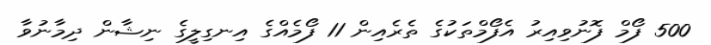
500 ފޯމް ފޮނުވިއިރު އެފޯމްތަކުގެ ތެރެއިން 11 ފޯމެއްގެ އިނގިލީގެ ނިޝާން ދިމާނުވާ